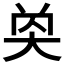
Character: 𡘔